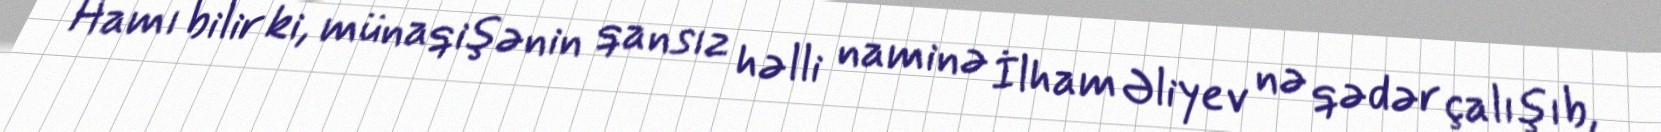
Hamı bilir ki, münaqişənin qansız həlli naminə İlham Əliyev nə qədər çalışıb,